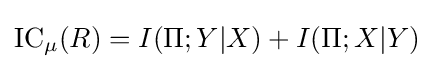
\operatorname {IC} _{\mu }(R)=I(\Pi ;Y|X)+I(\Pi ;X|Y)